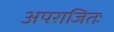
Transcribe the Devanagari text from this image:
अपराजितः